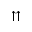
\upuparrows